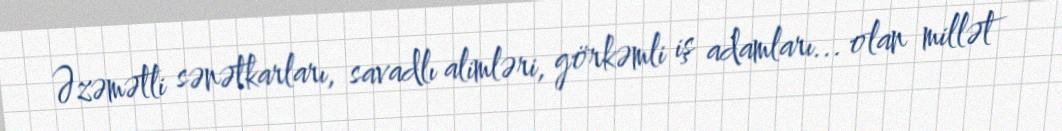
Əzəmətli sənətkarları, savadlı alimləri, görkəmli iş adamları... olan millət